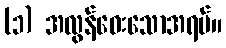
(၁) အလွန်ဝေးသောအရပ်။